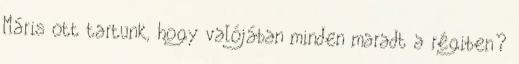
Máris ott tartunk, hogy valójában minden maradt a régiben?